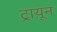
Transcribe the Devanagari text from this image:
ट्रायून